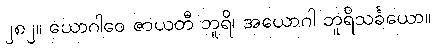
၂၈၂။ ယောဂါဝေ ဇာယတီ ဘူရိ၊ အယောဂါ ဘူရိသင်္ခယော။